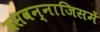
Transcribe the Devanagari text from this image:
बसवन्नाजिसमें